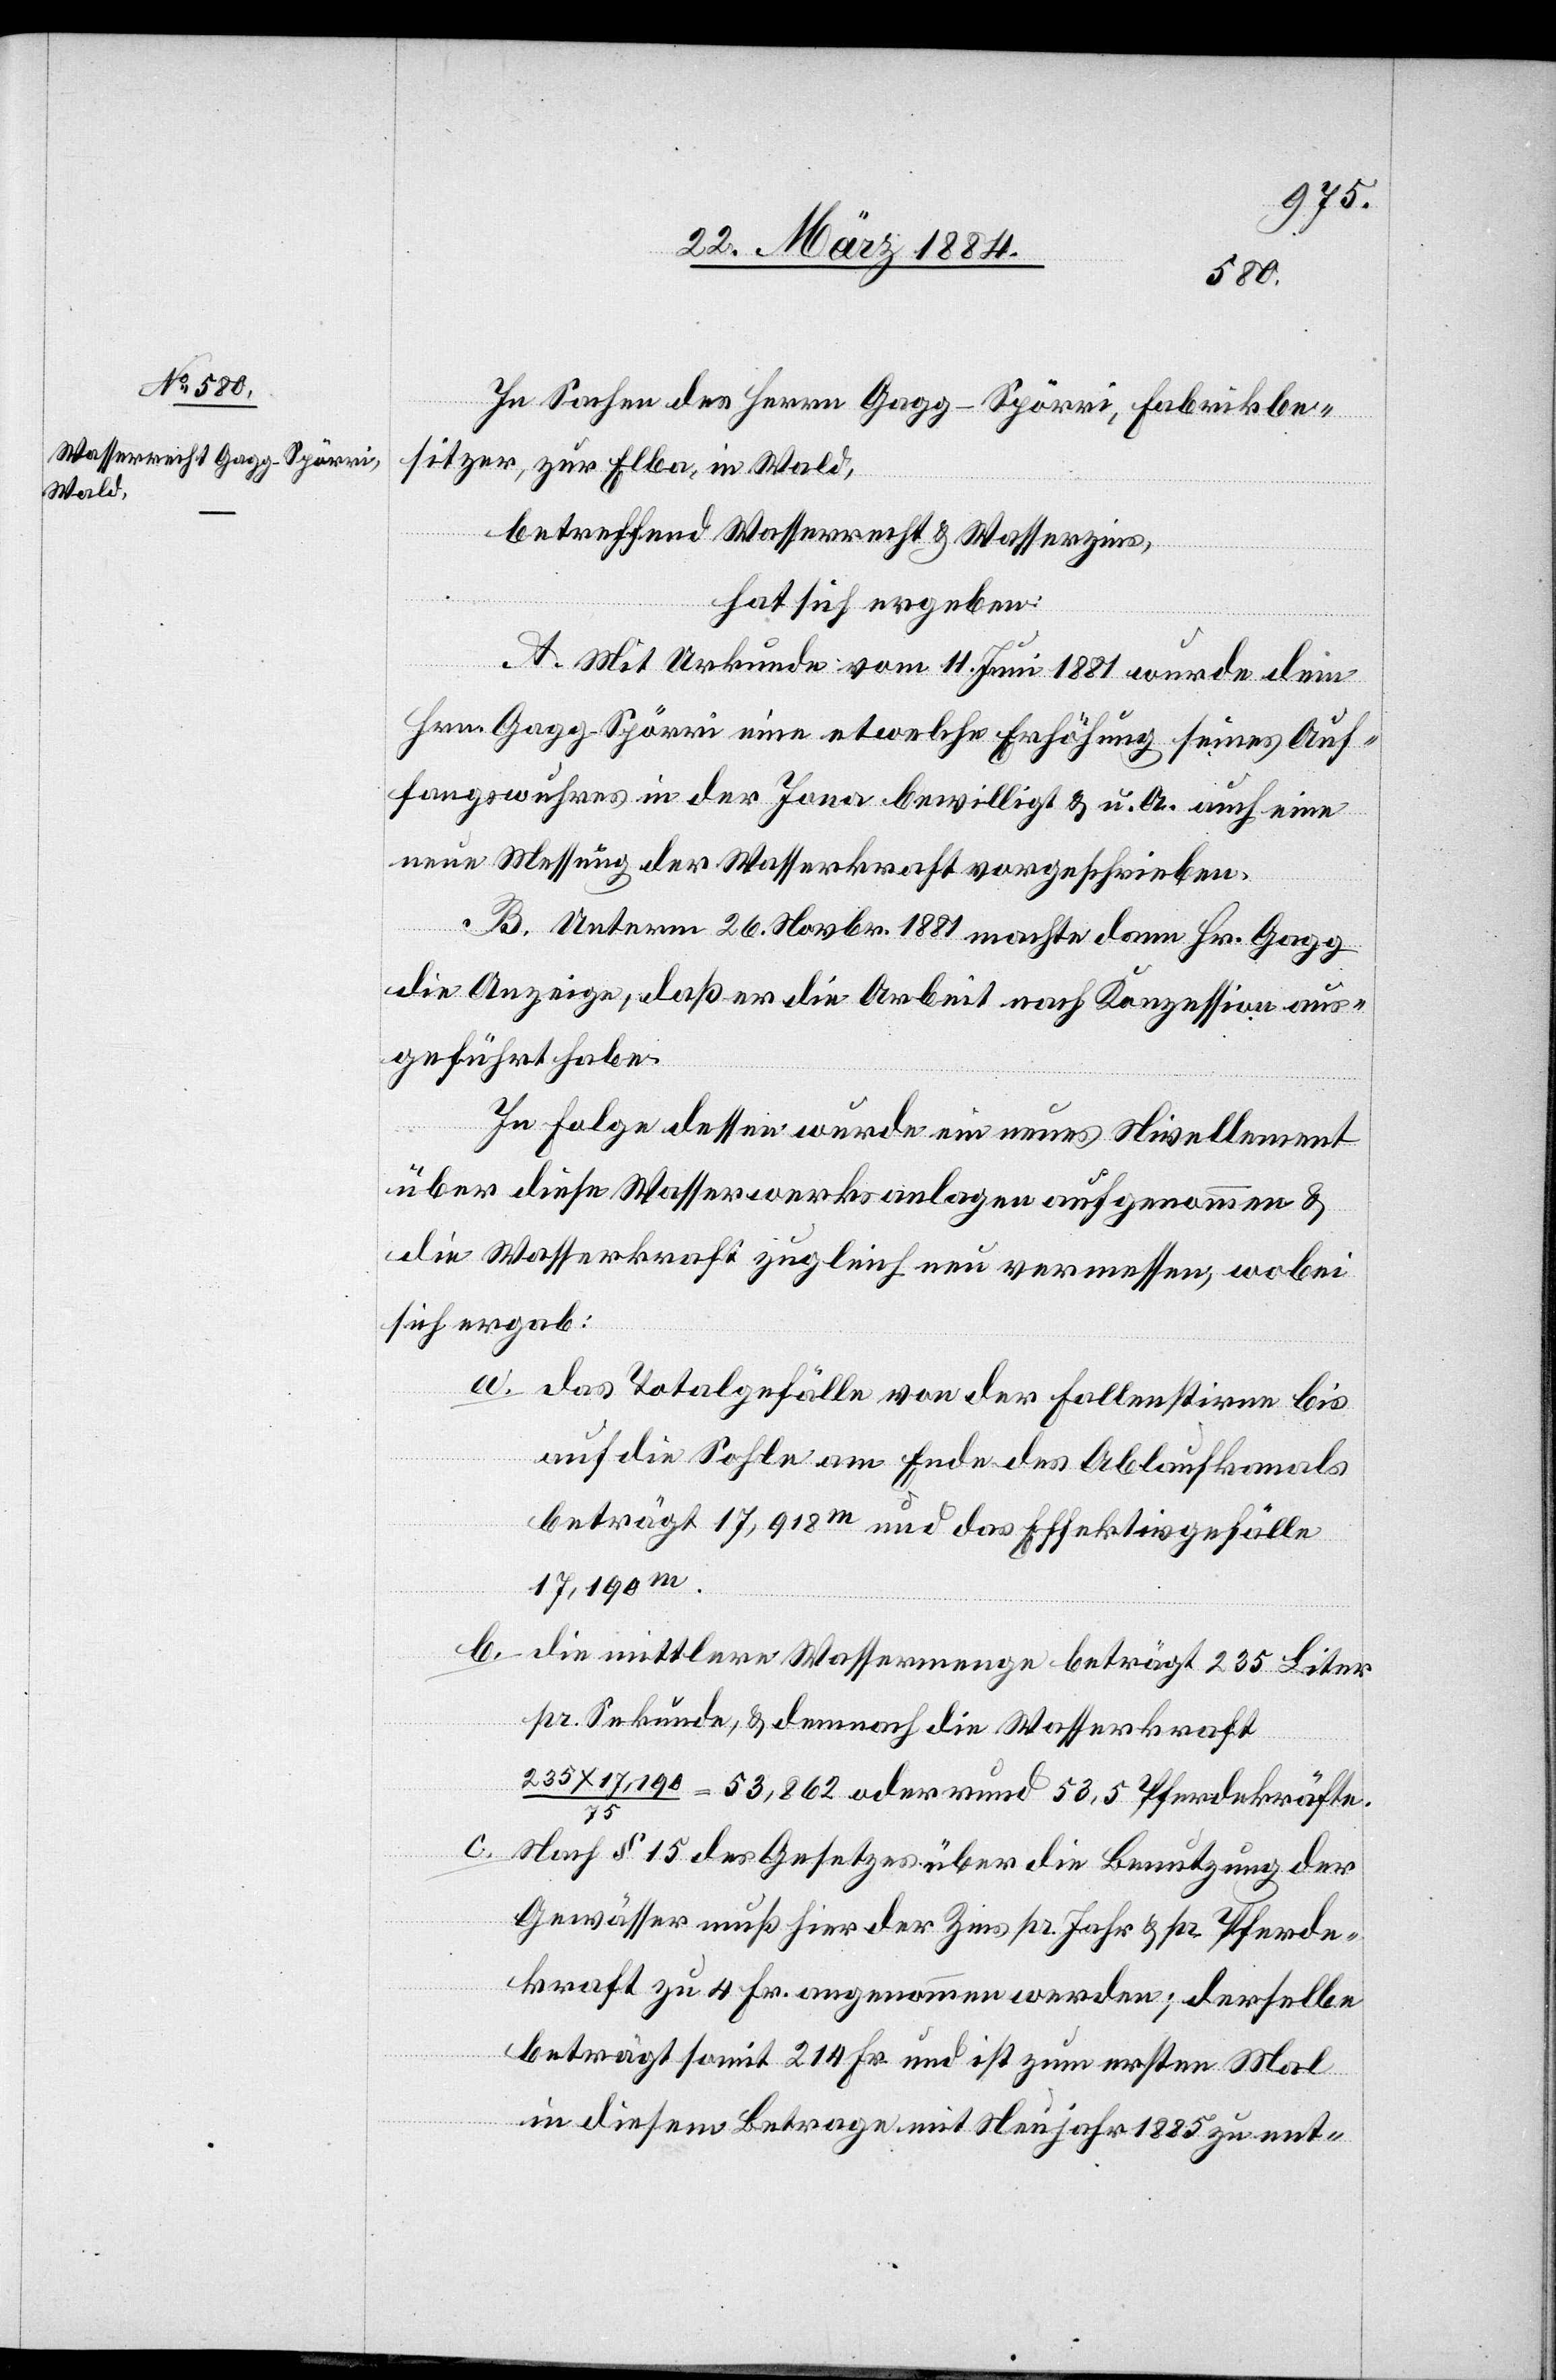
In Sachen des Herrn Gagg-Spörri, Fabrikbe¬
sitzer, zur Elba, in Wald,
betreffend Wasserrecht & Wasserzins,
hat sich ergeben:
A. Mit Urkunde vom 14. Juni 1881 wurde dem
Hrn. Gagg-Spörri eine etwelche Erhöhung seines Auf¬
fangswuhres in der Jona bewilligt & u. A. auch eine
neue Messung der Wasserkraft vorgeschrieben.
B. Unterm 26. Novbr. 1881 machte dann Hr. Gagg
die Anzeige, daß er die Arbeit nach Konzession aus¬
geführt habe.
In Folge dessen wurde ein neues Nivellement
über diese Wasserwerksanlage aufgenommen &
die Wasserkraft zugleich neu vermessen, wobei
sich ergab:
a. Das Totalgefälle von der Fallenstirne bis
auf die Sohle am Ende des Ablaufkanals
beträgt 17,918m und das Effektivgefälle
17,190m.
b. Die mittlere Wassermenge beträgt 235 Liter
pr. Sekunde, & demnach die Wasserkraft
17,190 / 75 = 53,862 oder rund 53,5 Pferdekräfte.
c. Nach § 15 des Gesetzes über die Benutzung der
Gewässer muß hier der Zins pr. Jahr & pr. Pferde¬
kraft zu 4 Fr. angenommen werden; derselbe
beträgt somit 214 Fr. und ist zum ersten Mal
in diesem Betrage mit Neujahr 1885 zu ent-